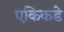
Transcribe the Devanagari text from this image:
एकिकडे